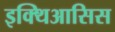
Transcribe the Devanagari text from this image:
इक्थिआसिस